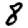
Digit: 8